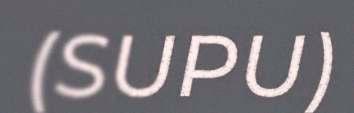
(SUPU)